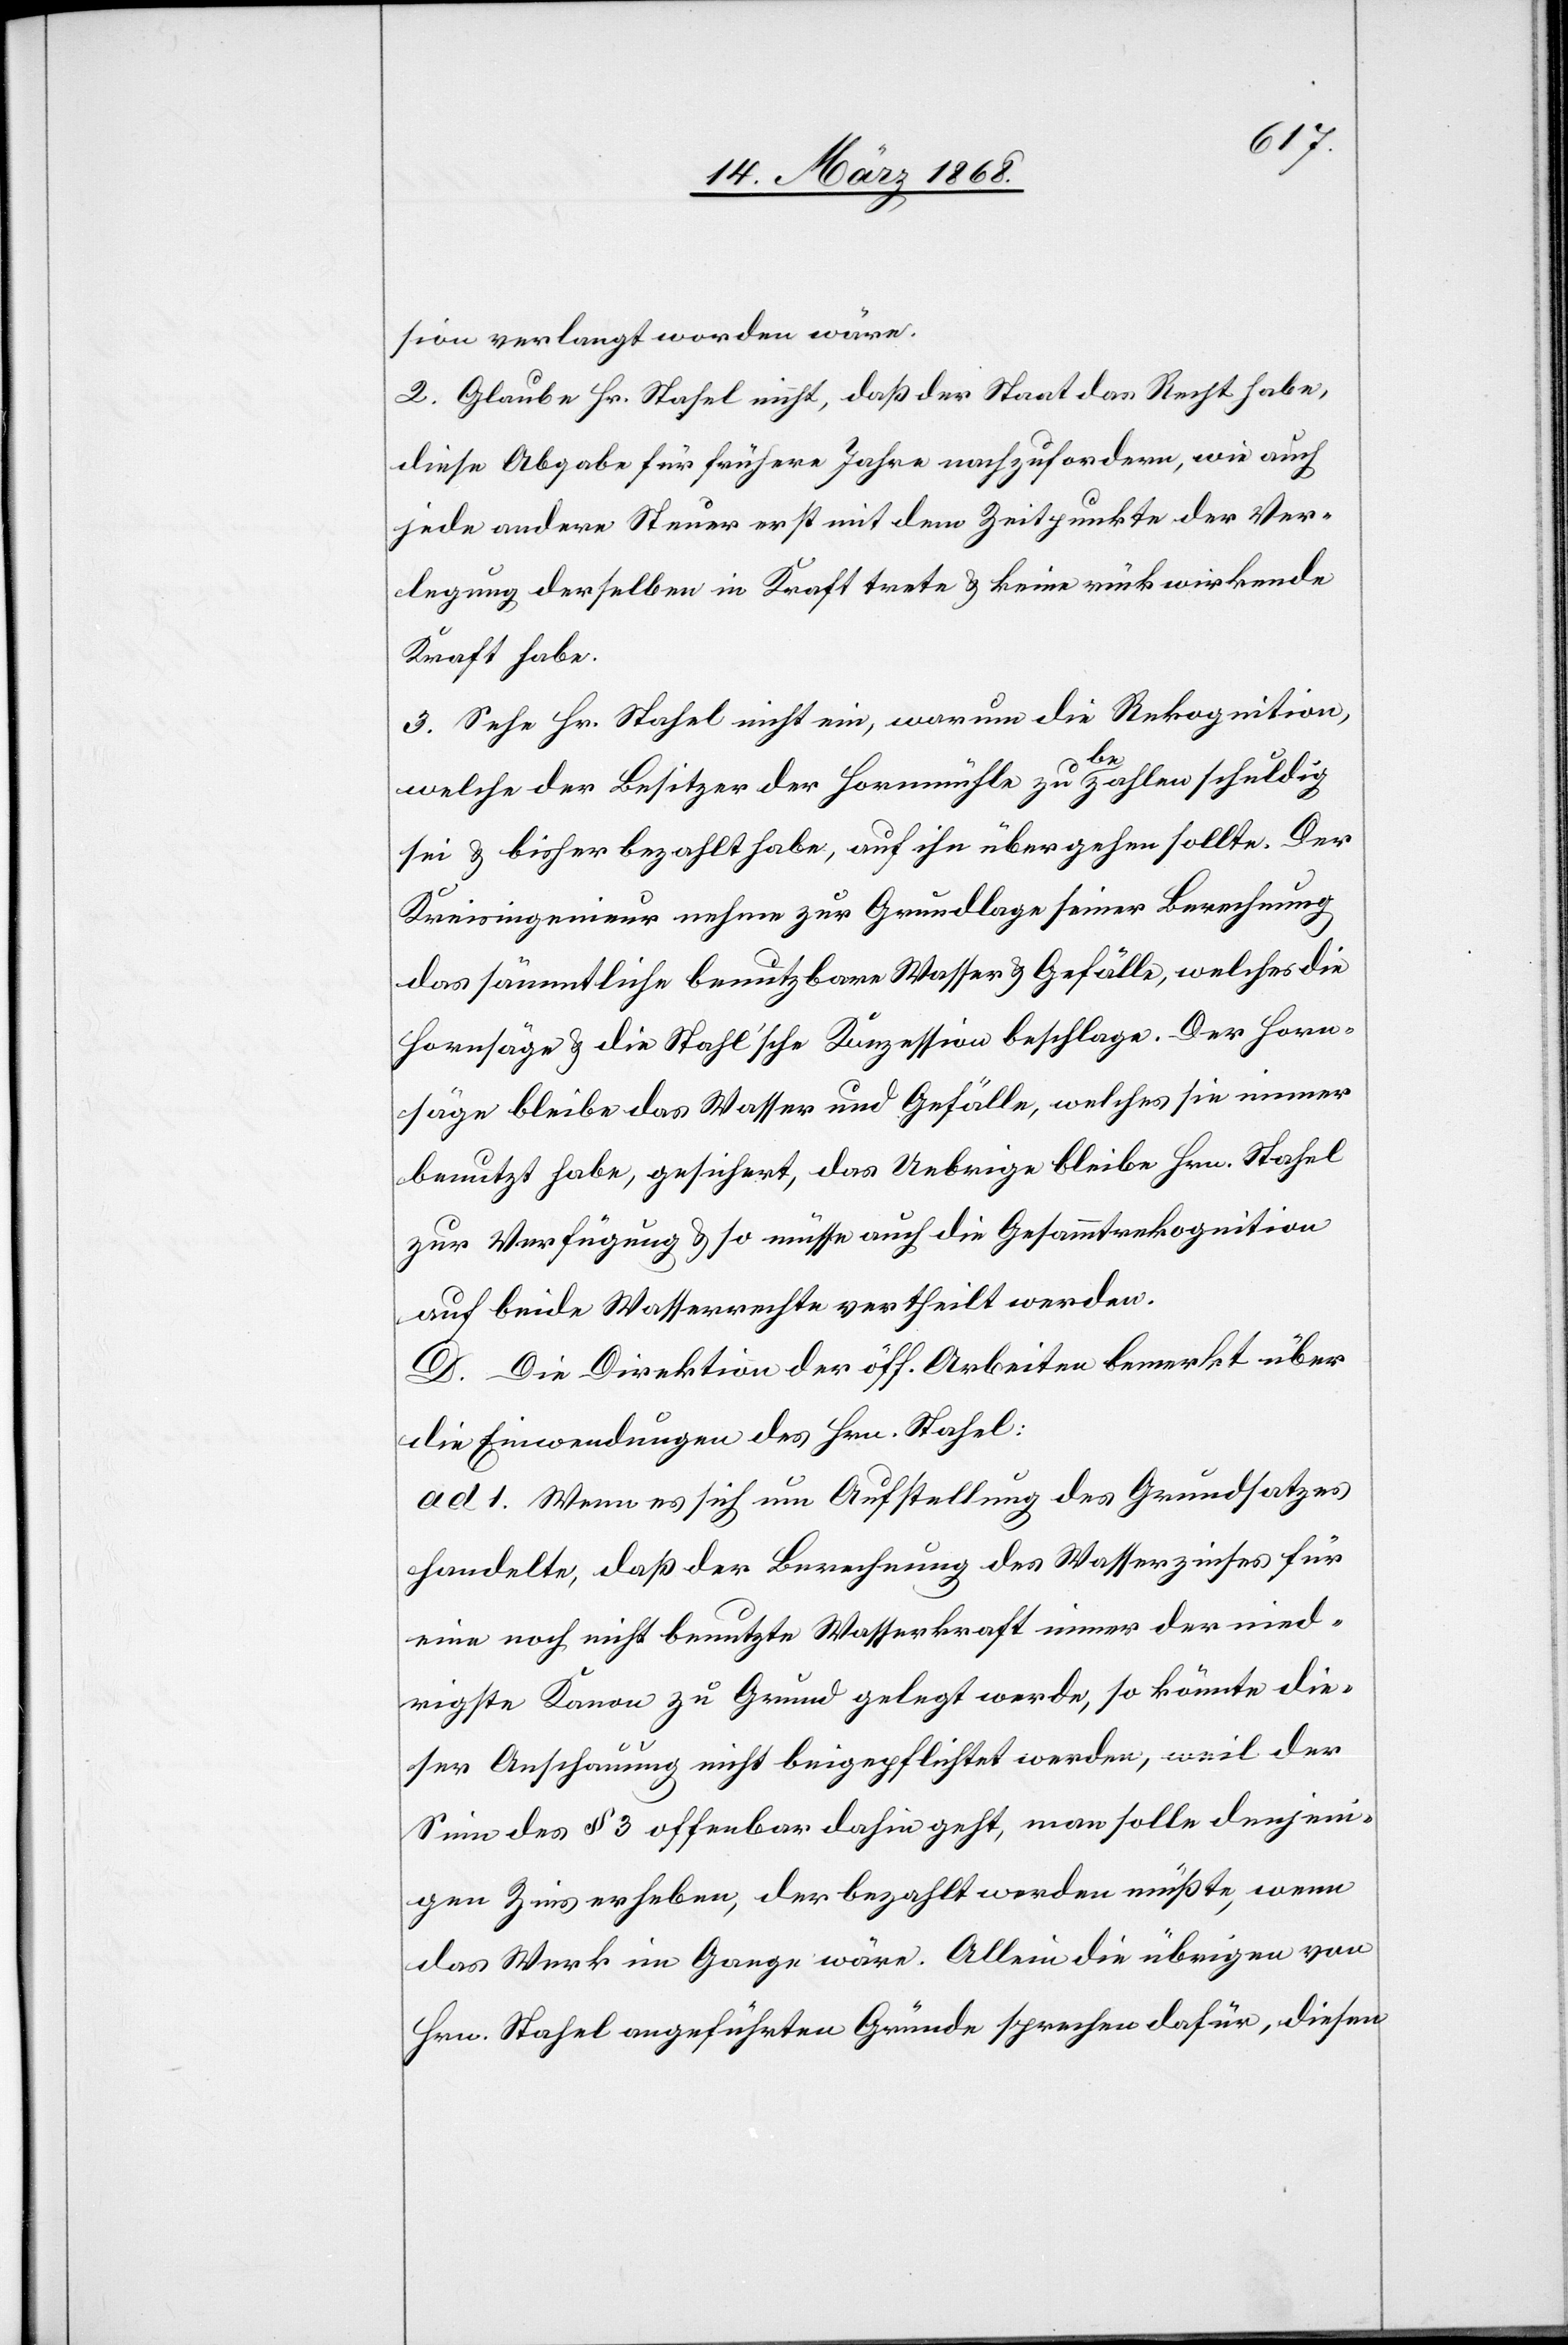
sion verlangt worden wäre.
2. Glaube Hr. Stahel nicht, daß der Staat das Recht habe,
diese Abgabe für frühere Jahre nachzufordern, wie auch
jede andere Steuer erst mit dem Zeitpunkte der Ver¬
legung derselben in Kraft trete & keine rückwirkende
Kraft habe.
3. Sehe Hr. Stahel nicht ein, warum die Rekognition,
welche der Besitzer der Hornmühle zu bezahlen schuldig
sei & bisher bezahlt habe, auf ihn übergehen sollte. Der
Kreisingenieur nehme zur Grundlage seiner Berechnung
das sämmtliche benutzbare Wasser & Gefälle, welches die
Hornsäge & die Stah[e]l’sche Konzession beschlage. Der Horn¬
säge bleibe das Wasser und Gefälle, welches sie immer
benutzt habe, gesichert, das Uebrige bleibe Hrn. Stahel
zur Verfügung & so müsse auch die Gesammtrekognition
auf beide Wasserrechte vertheilt werden.
D. Die Direktion der öff. Arbeiten bemerkt über
die Einwendungen des Hrn. Stahel:
ad 1. Wenn es sich um Aufstellung des Grundsatzes
handelte, daß der Berechnung des Wasserzinses für
eine noch nicht benutzte Wasserkraft immer der nied¬
rigste Kanon zu Grund gelegt werde, so könnte die¬
ser Anschauung nicht beigepflichtet werden, weil der
Sinn des § 3 offenbar dahin geht, man solle denjeni¬
gen Zins erheben, der bezahlt werden müßte, wenn
das Werk im Gange wäre. Allein die übrigen von
Hrn. Stahel angeführten Gründe sprechen dafür, diesen